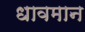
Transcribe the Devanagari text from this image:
धावमान